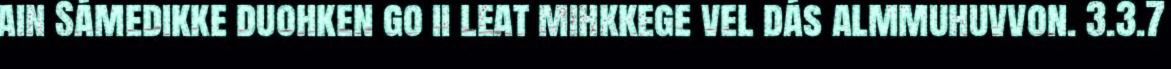
ain Sámedikke duohken go ii leat mihkkege vel dás almmuhuvvon. 3.3.7